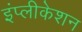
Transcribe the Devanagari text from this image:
इंप्लीकेशन